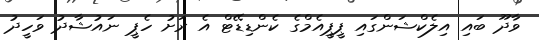
ވާދޫ ބައި އިލެކްޝަންގައި ޕީޕީއެމްގެ ކެންޑިޑޭޓް އެ ރަށު ހެޕީ ނައުޝާދުު ވަހީދު